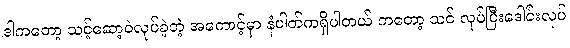
ဒါကတော့ သင့်ဆော့ဝဲလုပ်ခဲ့တဲ့ အကောင့်မှာ နံပါတ်ကရှိပါတယ် ကတော့ သင် လုပ်ပြီးဒေါင်းလုပ်